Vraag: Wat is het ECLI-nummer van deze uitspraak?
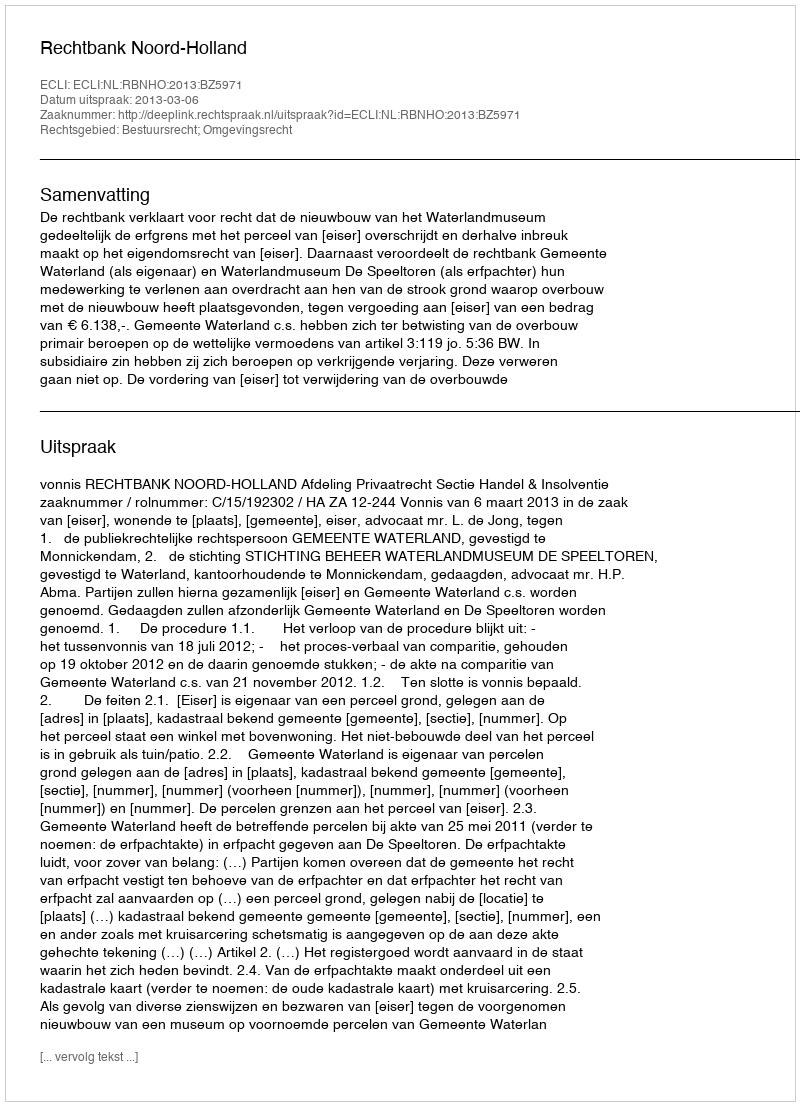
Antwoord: ECLI:NL:RBNHO:2013:BZ5971